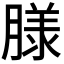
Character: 𮌮